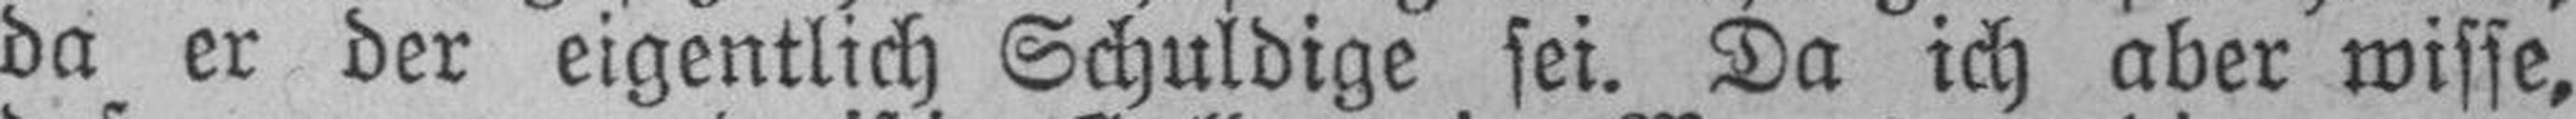
da er der eigentlich Schuldige sei. Da ich aber wisse,